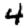
Digit: 4